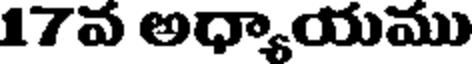
17వ అధ్యాయము